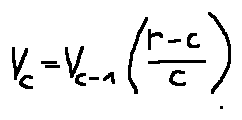
v _ { c } = v _ { c - 1 } ( \frac { r - c } { c } )